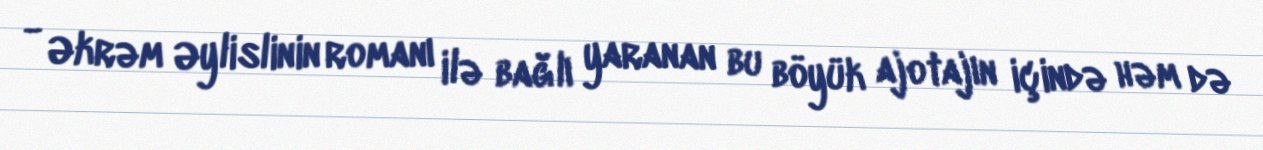
- Əkrəm Əylislinin romanı ilə bağlı yaranan bu böyük ajotajın içində həm də